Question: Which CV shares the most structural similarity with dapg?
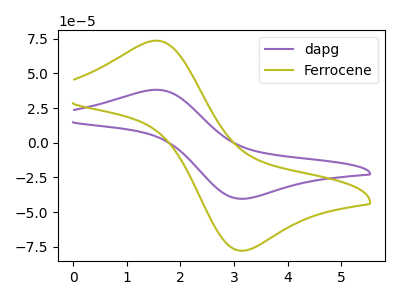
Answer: <think>The purple curve "dapg" has an anodic peak at (1.55V, 38.25uA) and a cathodic peak at (3.20V, -40.40uA). The olive curve "Ferrocene" has an anodic peak at (1.55V, 73.65uA) and a cathodic peak at (3.20V, -77.90uA).
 All the peaks in "dapg" have a peak in "Ferrocene" at the same potential. Every peak in "dapg" is lower than every peak in "Ferrocene".</think>
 <answer>The CV with the most similar shape to "Ferrocene" is "dapg".</answer>
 <eval>"dapg"</eval>